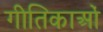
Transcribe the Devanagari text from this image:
गीतिकाओं